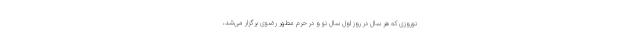
نوروزی که هر سال در روز اول سال نو و در حرم مطهر رضوی برگزار می‌شد،